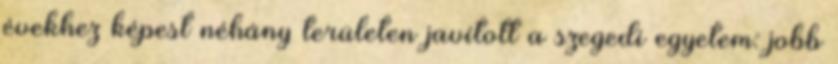
évekhez képest néhány területen javított a szegedi egyetem: jobb